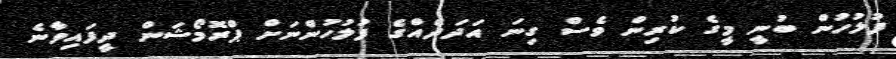
ފުލުހުން ބުނީ މީގެ ކުރިން ވެސް ގިނަ އަދަދެއްގެ ފުލުހުންނަށް ޕްރޮމޯޝަން ދީފައިވާނެ